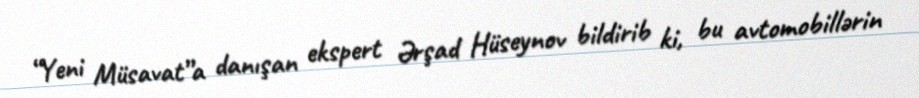
“Yeni Müsavat”a danışan ekspert Ərşad Hüseynov bildirib ki, bu avtomobillərin